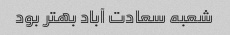
شعبه سعادت آباد بهتر بود